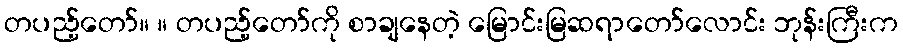
တပည့်တော်။ ။ တပည့်တော်ကို စာချနေတဲ့ မြောင်းမြဆရာတော်လောင်း ဘုန်းကြီးက